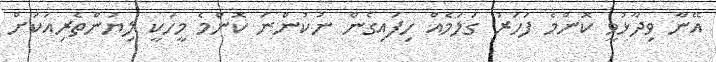
އޭނާ ވިދާޅުވީ ކޮންމެ ފަހަރު ގަލަމެއް ހިފައިގެން ނުކުންނަ ކޮންމެ މީހަކީ ލިޔުންތެރިއަކަށް